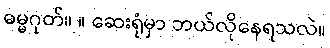
ဓမ္မဂုတ်။ ။ ဆေးရုံမှာ ဘယ်လိုနေရသလဲ။